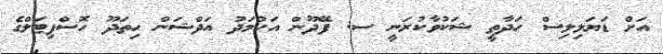
އަށް ޑަޔަލިލިސް ހަދާތީ ޝަކުވާކުރަނީ ސ. ފޭދޫން އަހުމަދު އަދްޝަން ހިތަދޫ ހޮސްޕިޓަލްގެ